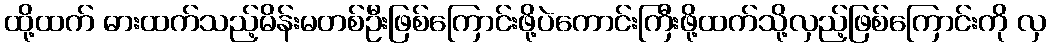
ထို့ထက် ဓားထက်သည့်မိန်းမတစ်ဦးဖြစ်ကြောင်းဖို့ပဲကောင်းကြီးဖို့ထက်သို့လှည့်ဖြစ်ကြောင်းကို လှ